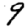
Digit: 9